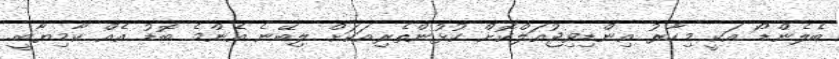
ބެލެންޑޯ އަކީ މިހާރު އިންޑިވިޖުއަލްކޮށް ކުޅުންތެރިއަކަށް ލިބޭނެ އެންމެ ބޮޑު އެއް ކާމިޔާބީ.